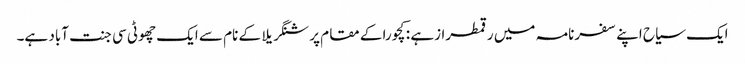
ایک سیاح اپنے سفرنامہ میں رقمطرازہے : کچورا کے مقام پر شنگریلا کے نام سے ایک چھوٹی سی جنت آباد ہے۔